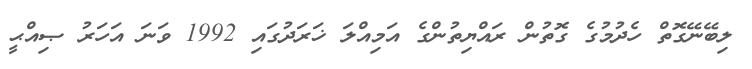
ލިބޭނޭގޮތް ހެދުމުގެ ގޮތުން ރައްޔިތުންގެ އަމިއްލަ ޚަރަދުގައި 1992 ވަނަ އަހަރު ޞިއްޙީ